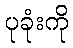
ပုခုံးကို